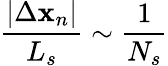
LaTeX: \frac{|\Delta\mathbf{x}_{n}|}{L_{s}}\sim\frac{1}{N_{s}}